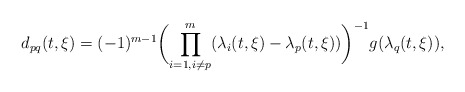
\begin{align*}d_{pq}(t,\xi)=(-1)^{m-1}\biggl(\prod_{i=1,i\neq p}^m (\lambda_i(t,\xi)-\lambda_p(t,\xi))\biggr)^{-1}g(\lambda_q(t,\xi)),\end{align*}